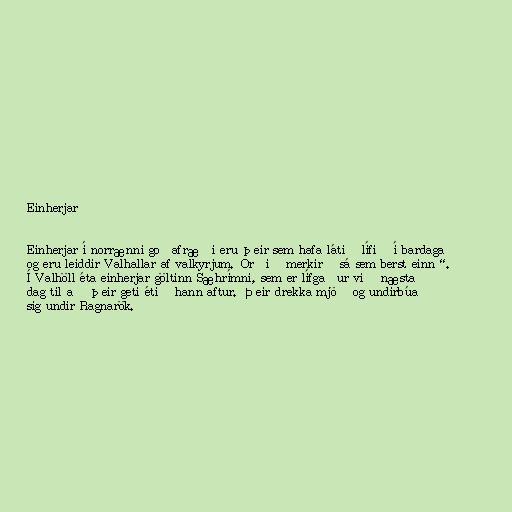
Einherjar

Einherjar í norrænni goðafræði eru þeir sem hafa látið lífið í bardaga
og eru leiddir Valhallar af valkyrjum. Orðið merkir „sá sem berst einn“.
Í Valhöll éta einherjar göltinn Sæhrímni, sem er lífgaður við næsta
dag til að þeir geti étið hann aftur. Þeir drekka mjöð og undirbúa
sig undir Ragnarök.